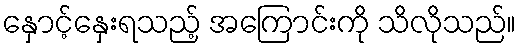
နှောင့်နှေးရသည့် အကြောင်းကို သိလိုသည်။